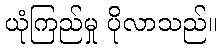
ယုံကြည်မှု ပိုလာသည်။